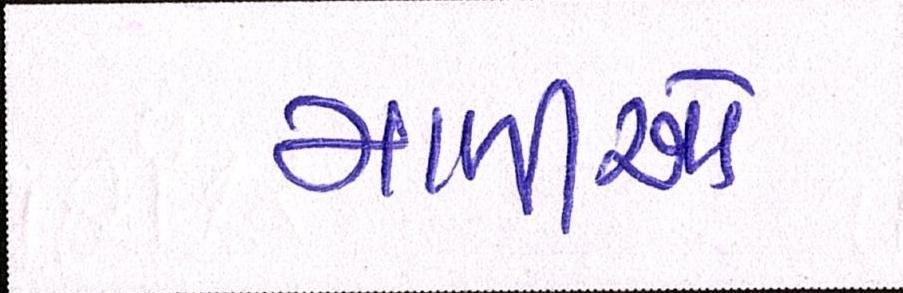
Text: માળીઓ